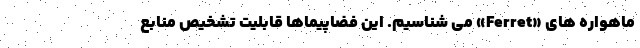
ماهواره های «Ferret» می شناسیم. این فضاپیماها قابلیت تشخیص منابع